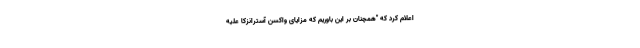
اعلام کرد که "همچنان بر این باوریم که مزایای واکسن آسترانزکا علیه